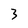
Character: 3